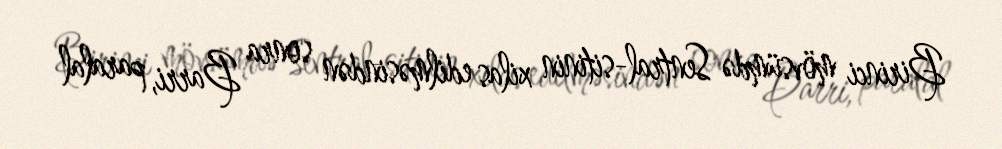
Birinci mövsümdə Sentral-sitinin xilas edilməsindən sonra Barri, paralal